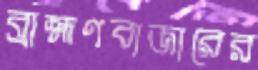
ব্রাহ্মণবাজারের